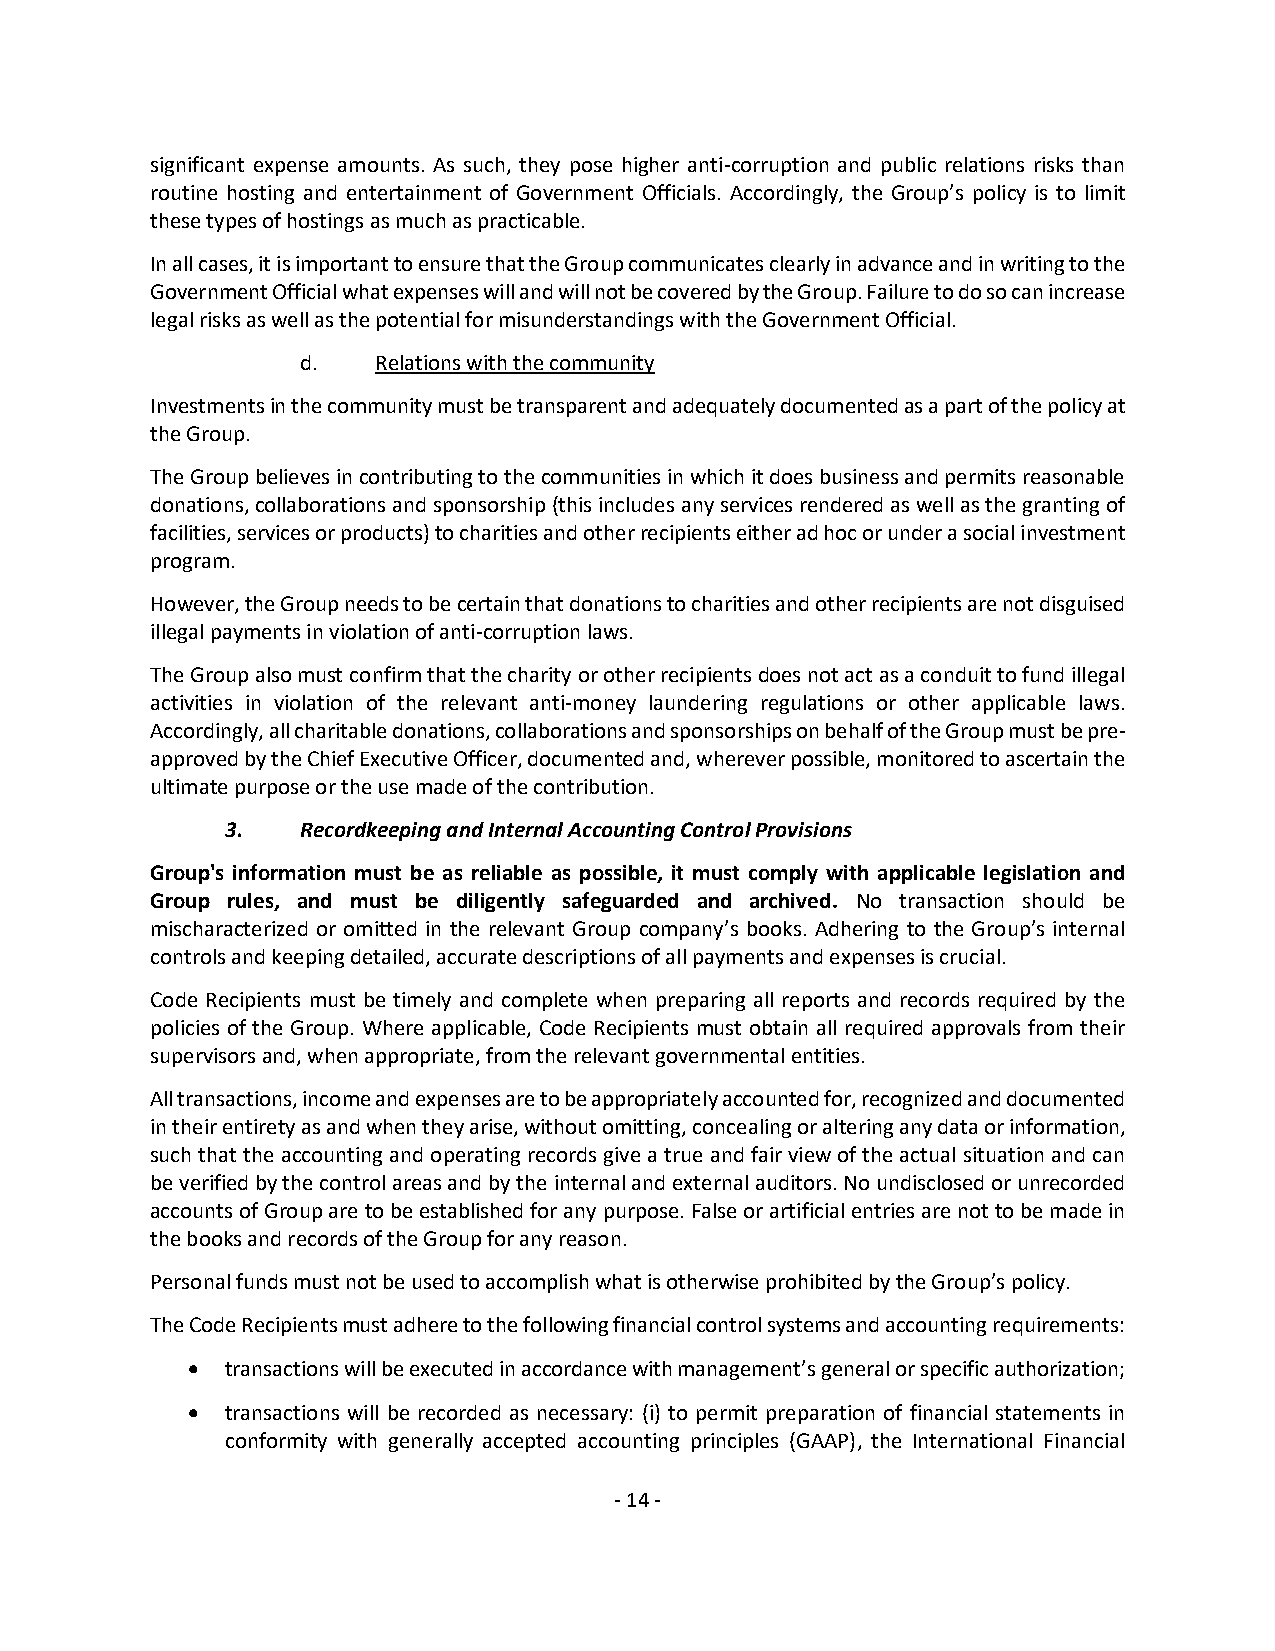
significant expense amounts. As such, they pose higher anti-corruption and public relations risks than
 routine hosting and entertainment of Government Officials. Accordingly, the Group’s policy is to limit
 these types of hostings as much as practicable.
 In all cases, it is important to ensure that the Group communicates clearly in advance and in writing to the
 Government Official what expenses will and will not be covered by the Group. Failure to do so can increase
 legal risks as well as the potential for misunderstandings with the Government Official.
 d.   Relations with the community
 Investments in the community must be transparent and adequately documented as a part of the policy at
 the Group.
 The Group believes in contributing to the communities in which it does business and permits reasonable
 donations, collaborations and sponsorship (this includes any services rendered as well as the granting of
 facilities, services or products) to charities and other recipients either ad hoc or under a social investment
 program.
 However, the Group needs to be certain that donations to charities and other recipients are not disguised
 illegal payments in violation of anti-corruption laws.
 The Group also must confirm that the charity or other recipients does not act as a conduit to fund illegal
 activities in violation of the relevant anti-money laundering regulations or other applicable laws.
 Accordingly, all charitable donations, collaborations and sponsorships on behalf of the Group must be pre-
 approved by the Chief Executive Officer, documented and, wherever possible, monitored to ascertain the
 ultimate purpose or the use made of the contribution.
 3.   Recordkeeping and Internal Accounting Control Provisions
 Group's information must be as reliable as possible, it must comply with applicable legislation and
 Group rules, and must be diligently safeguarded and archived. No transaction should be
 mischaracterized or omitted in the relevant Group company’s books. Adhering to the Group’s internal
 controls and keeping detailed, accurate descriptions of all payments and expenses is crucial.
 Code Recipients must be timely and complete when preparing all reports and records required by the
 policies of the Group. Where applicable, Code Recipients must obtain all required approvals from their
 supervisors and, when appropriate, from the relevant governmental entities.
 All transactions, income and expenses are to be appropriately accounted for, recognized and documented
 in their entirety as and when they arise, without omitting, concealing or altering any data or information,
 such that the accounting and operating records give a true and fair view of the actual situation and can
 be verified by the control areas and by the internal and external auditors. No undisclosed or unrecorded
 accounts of Group are to be established for any purpose. False or artificial entries are not to be made in
 the books and records of the Group for any reason.
 Personal funds must not be used to accomplish what is otherwise prohibited by the Group’s policy.
 The Code Recipients must adhere to the following financial control systems and accounting requirements:
 •  transactions will be executed in accordance with management’s general or specific authorization;
 •  transactions will be recorded as necessary: (i) to permit preparation of financial statements in
 conformity with generally accepted accounting principles (GAAP), the International Financial
 - 14 -